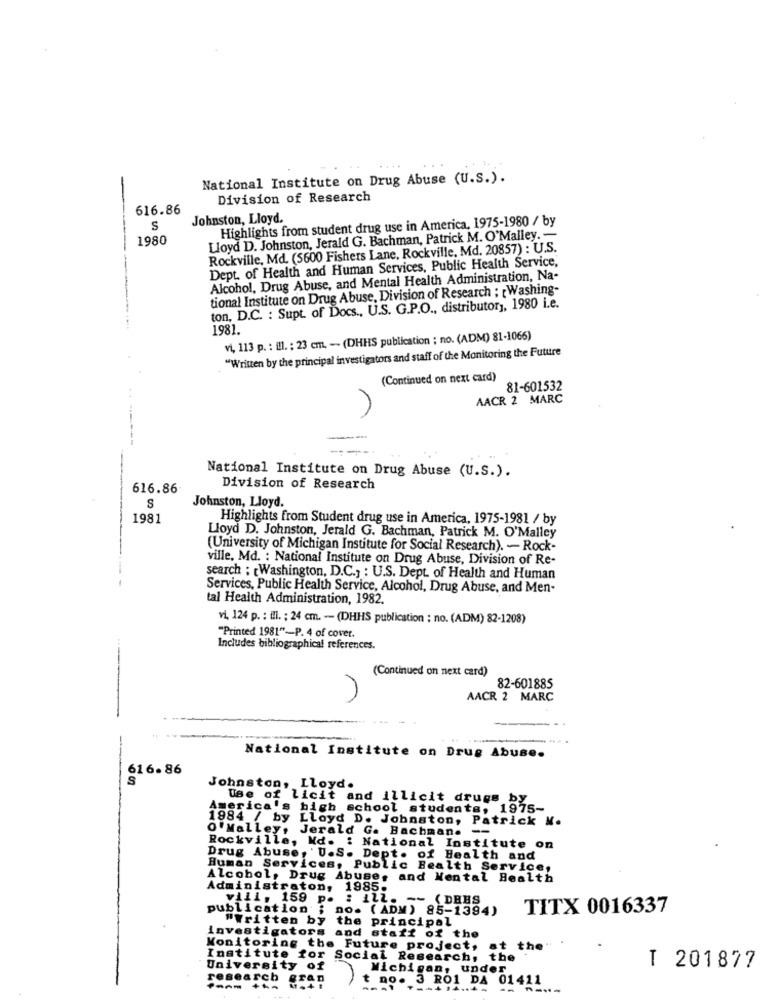
National Institute on Drug Abuse (U.S.).
Division of Research
616.86
Johnston, Lloyd.
Highlights from student drug use in America, 1975-1980 / by
S
1980
Lloyd D. Johnston, Jerald G. Bachman, Patrick M. O'Malley. -
Rockville, Md. (5600 Fishers Lane, Rockville, Md. 20857) : U.S.
Dept. of Health and Human Services, Public Health Service,
Alcohol, Drug Abuse, and Mental Health Administration, Na-
tional Institute on Drug Abuse, Division of Research ; [Washing-
ton, D.C. : Supt. of Docs ., U.S. G.P.O ., distributory, 1980 i.e.
1981.
vi, 113 p. : ill. ; 23 cm. -- (DHHS publication ; no. (ADM) 81-1066)
"Written by the principal investigators and staff of the Monitoring the Future
(Continued on next card)
81-601532
AACR 2 MARC
National Institute on Drug Abuse (U.S.).
616.86
Division of Research
Johnston, Lloyd.
S
1981
Highlights from Student drug use in America, 1975-1981 / by
Lloyd D. Johnston, Jerald G. Bachman, Patrick M. O'Malley
(University of Michigan Institute for Social Research). - Rock-
ville, Md. : National Institute on Drug Abuse, Division of Re-
search ; Washington, D.C ., : U.S. Dept. of Health and Human
Services, Public Health Service, Alcohol, Drug Abuse, and Men-
tal Health Administration, 1982.
vi, 124 p. : ill. ; 24 cm. - (DHHS publication : no. (ADM) 82-1208)
"Printed 1981"-P. 4 of cover.
Includes bibliographical references.
(Continued on next card)
82-601885
n
AACR 2 MARC
National Institute on Drug Abuse.
616.86
S
Johnston, Lloyd.
Use of licit and illicit drugs by
America's high school students, 1975-
1984 / by Lloyd D. Johnston, Patrick M.
O'Malley, Jerald G. Bachman. --
Rockville, Md. : National Institute on
Drug Abuse, 'U.S. Dept. of Health and
Human Services, Public Health Service,
Alcohol, Drug Abuse, and Mental Health
Administraton, 1985.
vill, 159 p. : ill.
~ {DEES
publication' ; no. ( ADM) 85-1394)
TITX 0016337
"Written by
the principal
investigators
investigators and staff of the
Monitoring the Future project, at the
Institute for Social Research, the
University of
Michigan, under
T 201877
research
eran
no. 3 RO1 DA 01411
- -
---